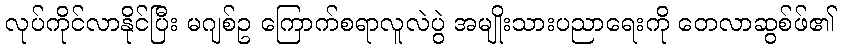
လုပ်ကိုင်လာနိုင်ပြီး မဂျစ်ဥ ကြောက်စရာလူလဲပွဲ အမျိုးသားပညာရေးကို တေလာဆွစ်ဖ်၏